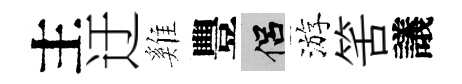
主迂雞豐侣游筈議